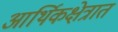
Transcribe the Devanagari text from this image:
आर्थिकक्षेत्रात